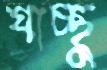
যাচ্ছু